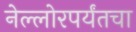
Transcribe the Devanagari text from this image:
नेल्लोरपर्यंतचा